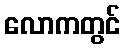
လောကတွင်